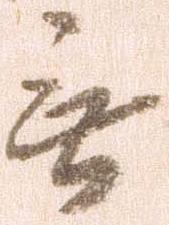
無